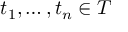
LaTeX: t _ { 1 } , \ldots , t _ { n } \in T